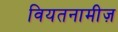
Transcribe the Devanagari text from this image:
वियतनामीज़